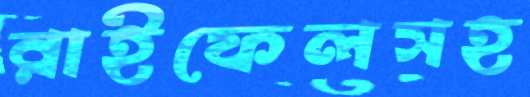
রাইফেলসহ